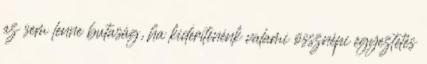
az sem lenne butaság, ha kiderítenénk valami össznépi egyeztetés